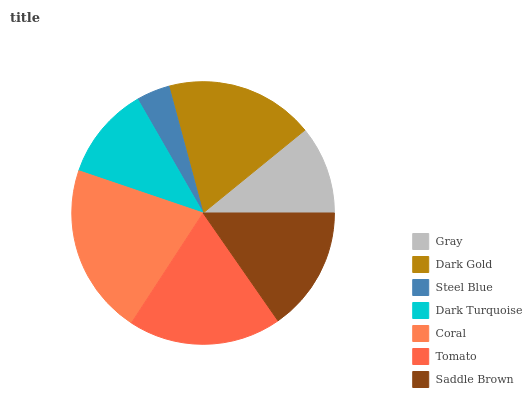
| Gray | Dark Gold | Steel Blue | Dark Turquoise | Coral | Tomato | Saddle Brown |
 | --- | --- | --- | --- | --- | --- | --- |
 | 10.9% | 18.3% | 4.13% | 11.5% | 21% | 18.8% | 15.3% |